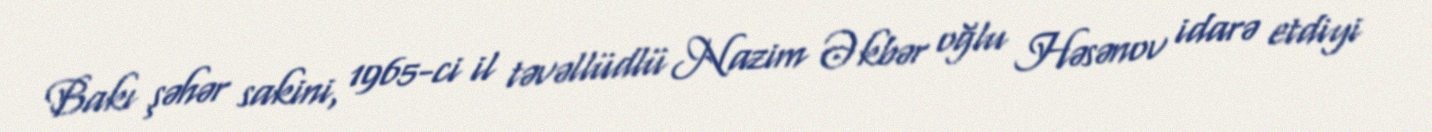
Bakı şəhər sakini, 1965-ci il təvəllüdlü Nazim Əkbər oğlu Həsənov idarə etdiyi